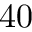
4 0